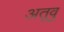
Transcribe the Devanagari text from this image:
अतूवु